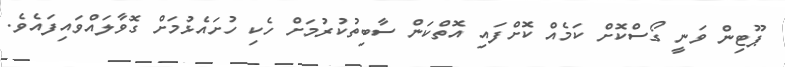
ޕޫޓިން ވަނީ ގޯސްކޮށް ކަމެއް ކޮށްފައި އޮތްކަން ސާބިތުކުރުމަށް ހެކި ހުށައެޅުމަށް ގޮވާލައްވައިފައެވެ.